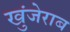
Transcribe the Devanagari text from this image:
खुंजेराब